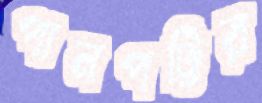
পানপট্টির